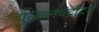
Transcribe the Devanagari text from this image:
गुलालचंद्रोदय